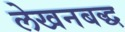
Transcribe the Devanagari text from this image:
लेखनबद्ध